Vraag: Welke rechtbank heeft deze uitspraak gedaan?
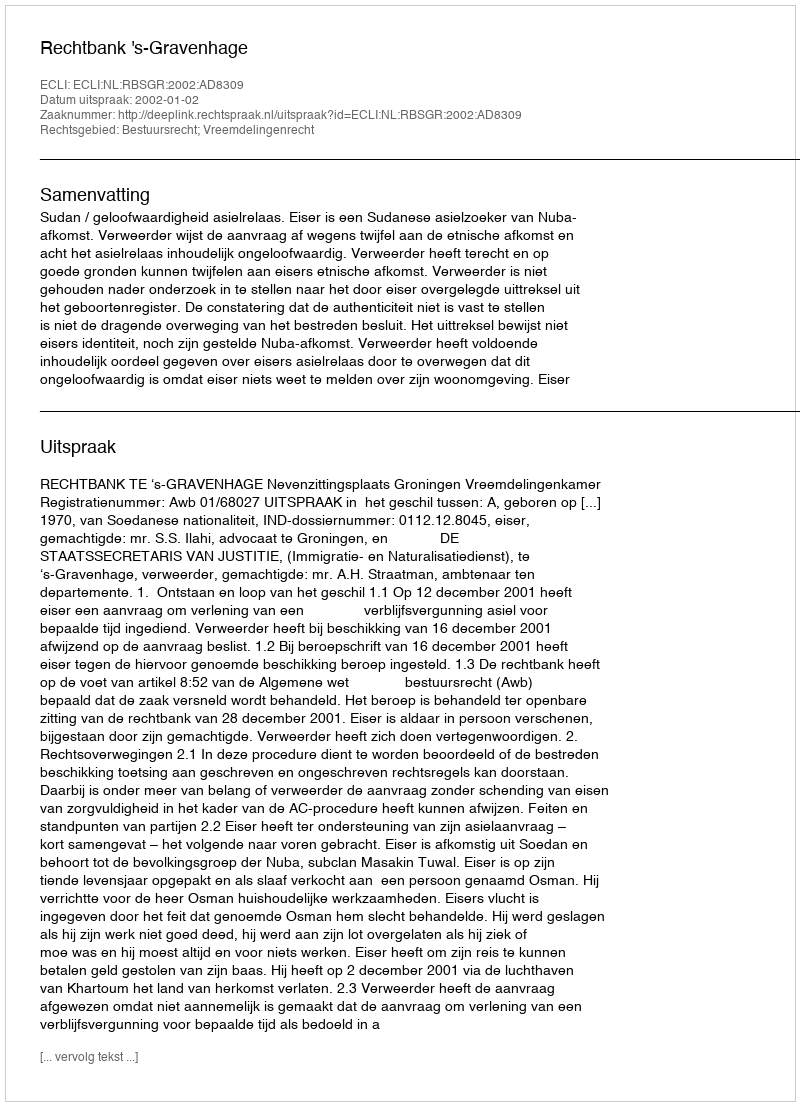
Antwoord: Rechtbank 's-Gravenhage